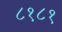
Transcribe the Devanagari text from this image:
८१८१